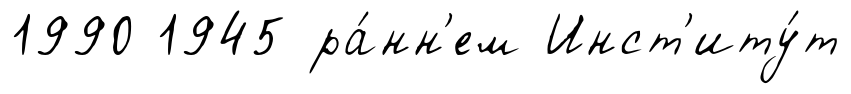
1990 1945 ра́нн'ем Инст'иту́т